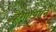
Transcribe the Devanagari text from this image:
हैगोपियन